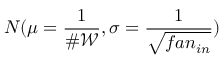
N ( \mu = \frac { 1 } { \# \mathcal { W } } , \sigma = \frac { 1 } { \sqrt { f a n _ { i n } } } )